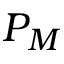
P _ { M }